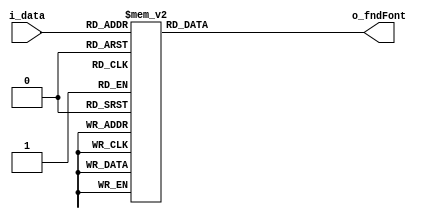
module fnd_decoder(
    input [3:0] i_data,
    output [7:0] o_fndFont
);
    reg [7:0] o_fndFont;

    always @(i_data) begin
        o_fndFont = 8'hff;
        case (i_data)
            0 : o_fndFont = 8'hc0;
            1 : o_fndFont = 8'hf9;
            2 : o_fndFont = 8'ha4;
            3 : o_fndFont = 8'hb0;
            4 : o_fndFont = 8'h99;
            5 : o_fndFont = 8'h92;
            6 : o_fndFont = 8'h82;
            7 : o_fndFont = 8'hf8;
            8 : o_fndFont = 8'h80;
            9 : o_fndFont = 8'h90;
            10 : o_fndFont = 8'h88;
            11 : o_fndFont = 8'h83;
            12 : o_fndFont = 8'hc6;
            13 : o_fndFont = 8'ha1;
            14 : o_fndFont = 8'h86;
            15 : o_fndFont = 8'h8e;
        endcase
    end
endmodule